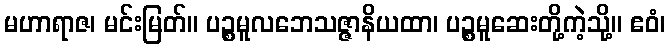
မဟာရာဇ၊ မင်းမြတ်။ ပဉ္စမူလဘေသဇ္ဇာနိယထာ၊ ပဉ္စမူဆေးတို့ကဲ့သို့။ ဧဝံ၊